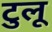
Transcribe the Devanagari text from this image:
टुलू